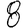
Digit: 8